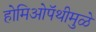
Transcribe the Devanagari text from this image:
होमिओपॅथीमुळे